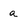
Character: a